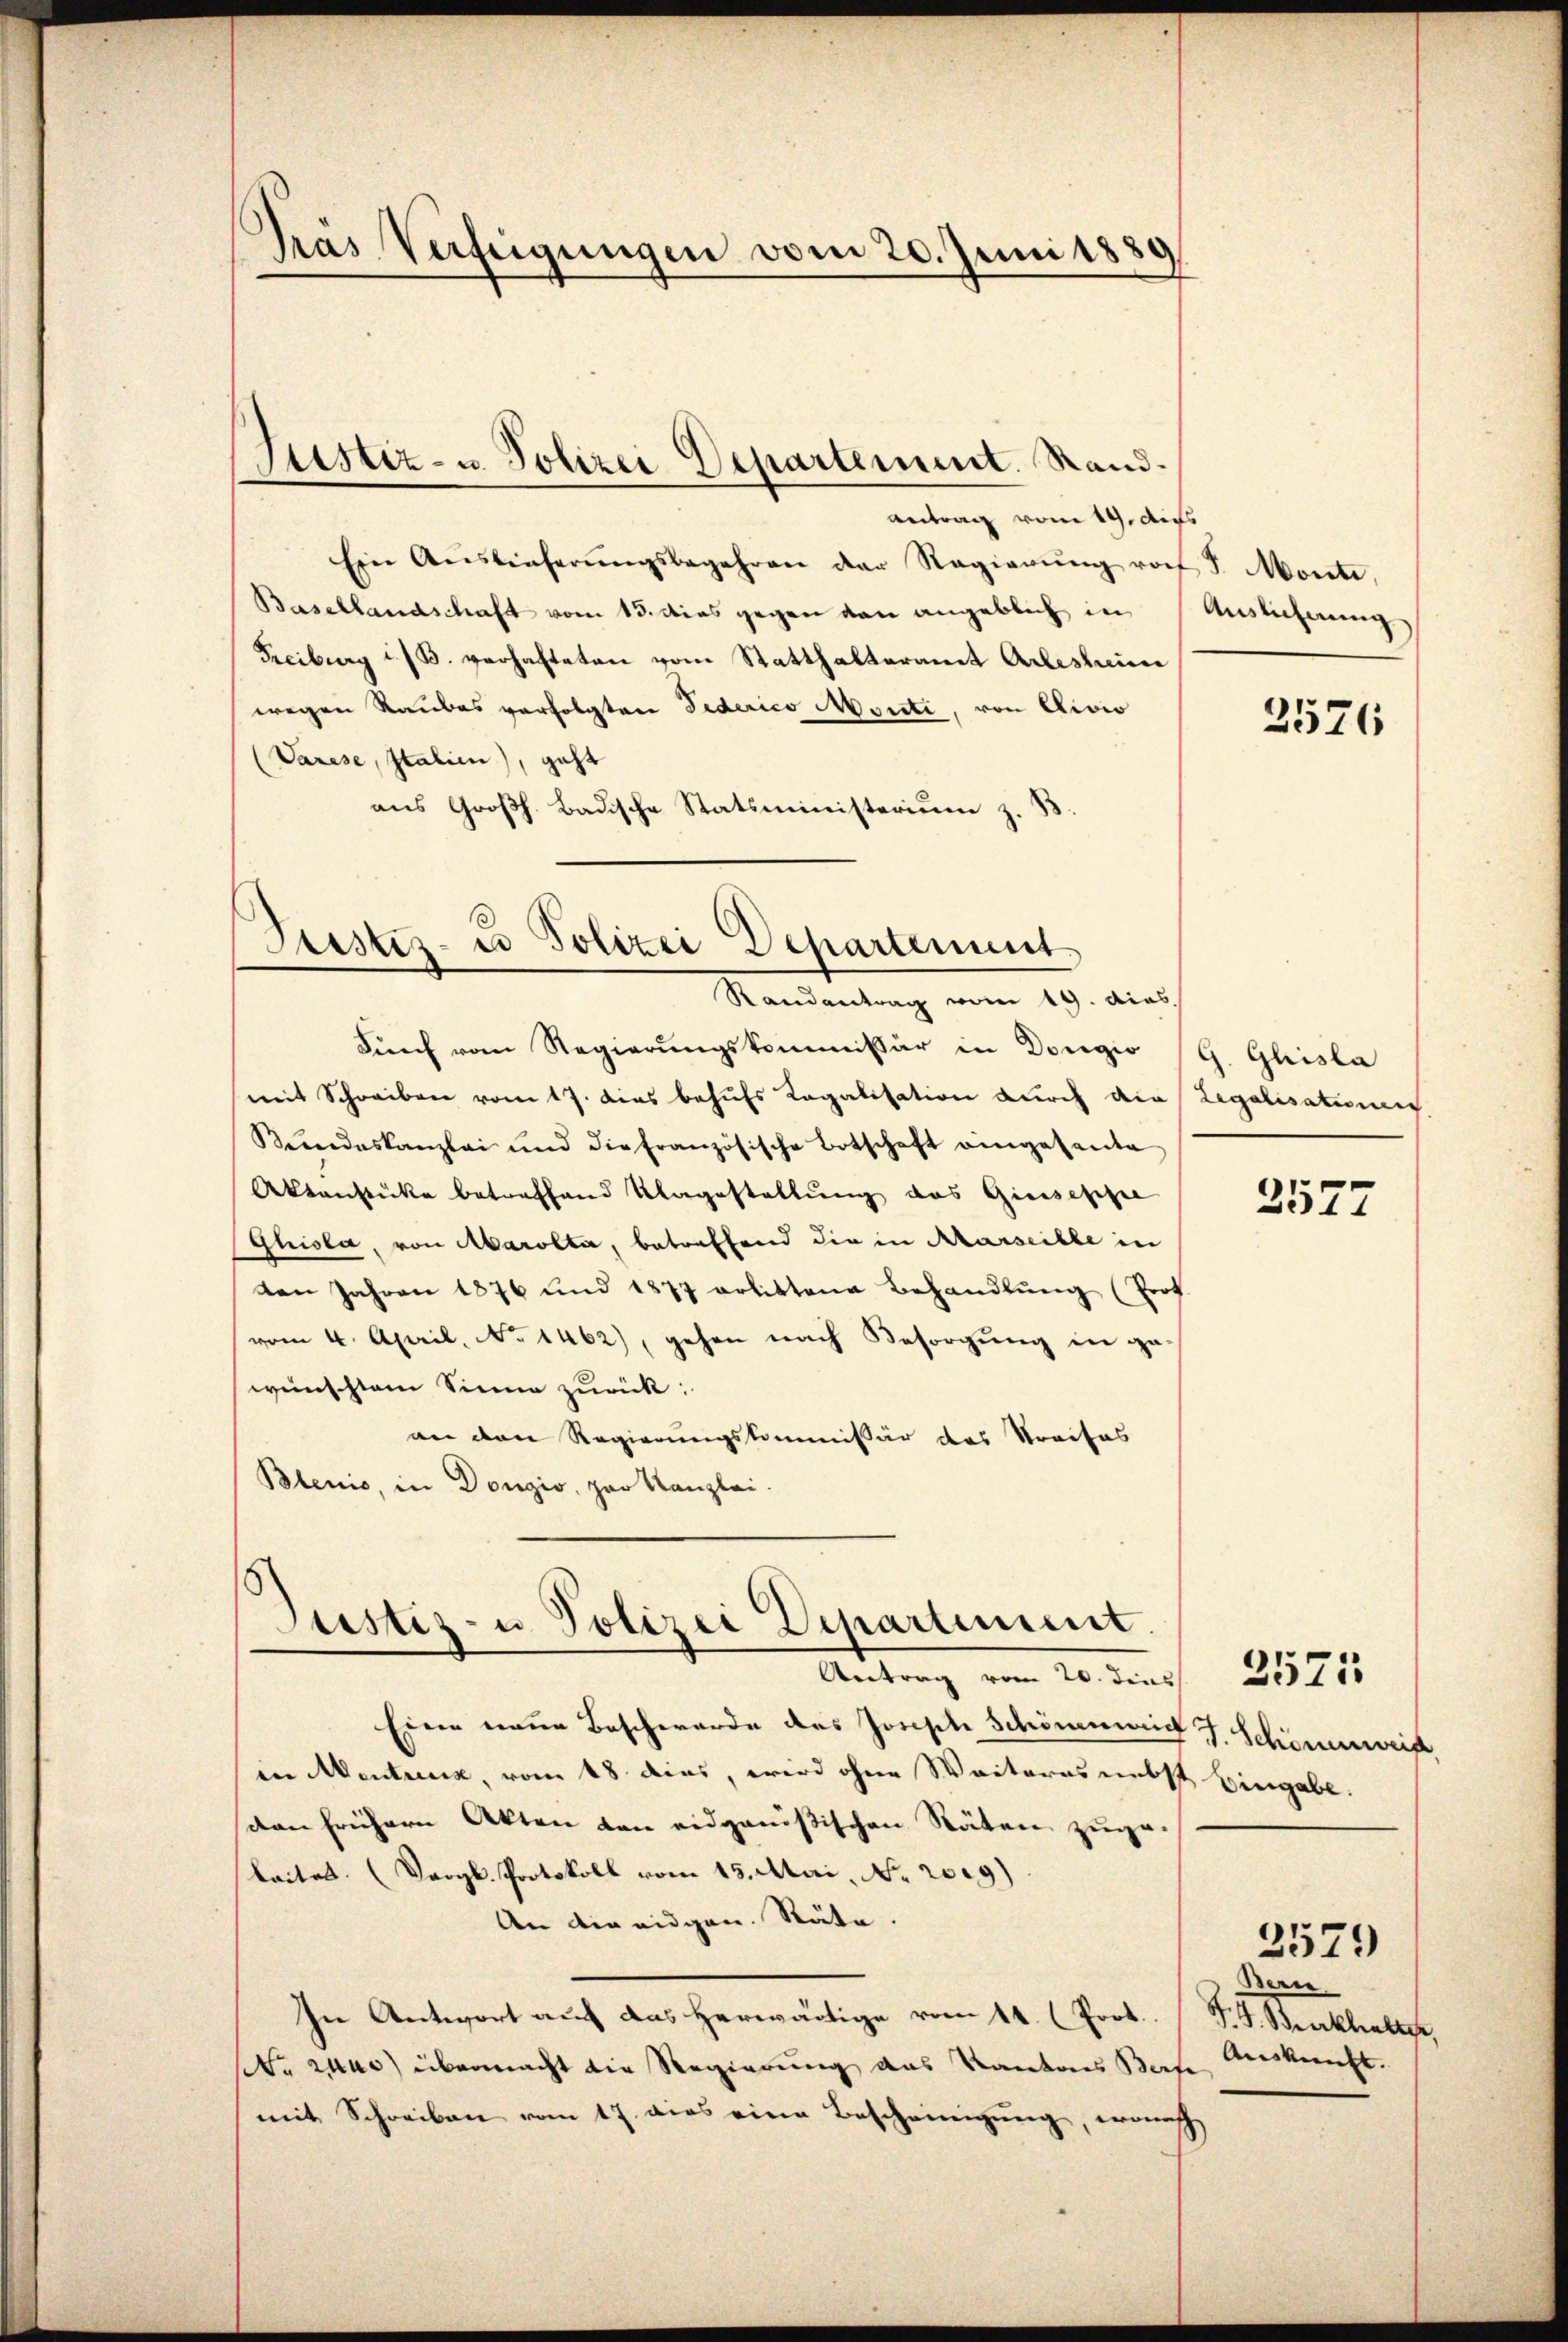
Antrag vom 19. Aus
Ein Aŭslieferŭngsbegehren der Regierŭng von J. Monte,
Basellandschaft vom 13. dies gegen von angeblich in
Freiburg i./B. verhafteten vom Statthalteramt Artestamen
wegen Raubes verfolgten Federico Monti, von Divio
(Varese, Italien), geht
aus Großh. Badische Statsministerium z. B.

Gras Verfügungen vom 20. Juni 1889

Justiz- u. Polizei Departement. Stand.

Stistes- u Polizei Departement
Randantrag vom 19. dies

Justiz- u Polizei Departiment
Antrag vom 20. dens

Durch vom Regierungskommissär in Dougio (G. Ghisla
mit Schreiben vom 17. dies behufs Regalisation durch die Legalisationen
Bŭndeskanzlei und die französische Botschaft eingesante
Aktenstücke betreffend Ungestellung das Giuseppe
Ghisla, von Marolta, betreffend die in Marseille in
ten Jahren 1876 und 1877 erlittene Behandlŭng (Prof.
(vom 4. April, No 1462), gehen nach Besorgung in ge-
wünschtem Sinne zurück:
an den Regierungskommissär das Streifes
Blenio, in Donzio, par Kanzlei-

Eine neue Beschwerde des Joseph Schönenweid J. Schönenweis,
in Mentreux, vom 18. dies, wird ohne Weiteres nebst Eingabe.
don frühern Akten von eidgenößischen Räten zuge-
leitet. (Vergl. Protokoll vom 15. Mai, No. 209)
An die eidgen. Stäte.
In Antwort auf das herwärtige vom 14. (Poot. F. S. Sraklette,
r us) übermacht die Regierung das Kantons Bert
mit Schreiben vom 17. dies eine Bescheinigung, wonach

Auslicherung

2576

2577

2571

Bern
Auskunft.

3579